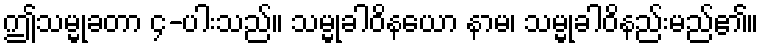
ဤသမ္မုခတာ ၄-ပါးသည်။ သမ္မုခါဝိနယော နာမ၊ သမ္မုခါဝိနည်းမည်၏။